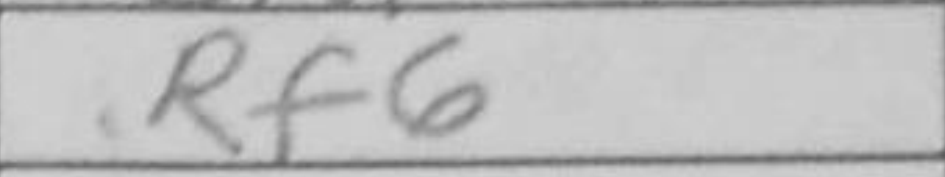
Transcription: Rf6